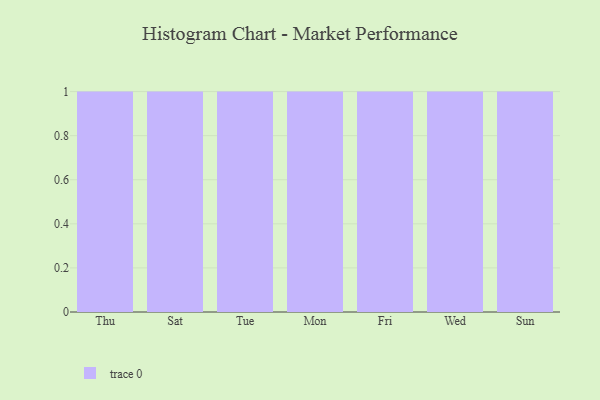
{"axis": {"x": "Day", "y": "Net Income (USD K)"}, "legend": [""], "data": [{"x": "Thu", "y": 96, "type": ""}, {"x": "Sat", "y": 17, "type": ""}, {"x": "Tue", "y": 24, "type": ""}, {"x": "Mon", "y": 23, "type": ""}, {"x": "Fri", "y": 46, "type": ""}, {"x": "Wed", "y": 40, "type": ""}, {"x": "Sun", "y": 64, "type": ""}]}